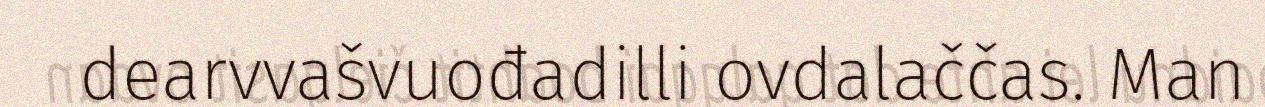
dearvvašvuođadilli ovdalaččas. Man